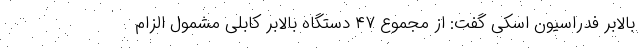
بالابر فدراسیون اسکی گفت: از مجموع ۴۷ دستگاه بالابر کابلی مشمول الزام